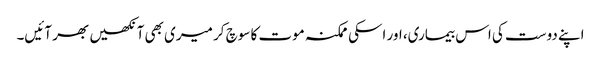
اپنے دوست کی اس بیماری، اور اسکی ممکنہ موت کا سوچ کر میری بھی آنکھیں بھر آئیں۔